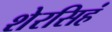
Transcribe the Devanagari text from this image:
शेरसिहं